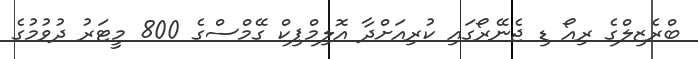
ބްރެޒިލްގެ ރިއޯ ޑި ޖެނޭރޯގައި ކުރިއަށްދާ އޮލިމްޕިކް ގޭމްސްގެ 800 މީޓަރު ދުވުމުގެ